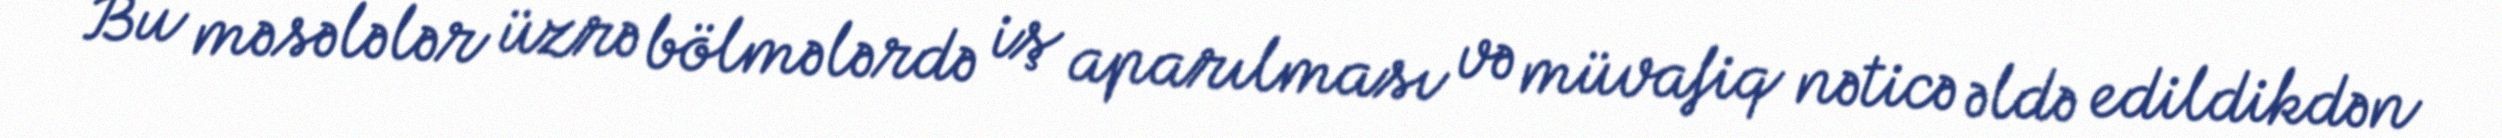
Bu məsələlər üzrə bölmələrdə iş aparılması və müvafiq nəticə əldə edildikdən